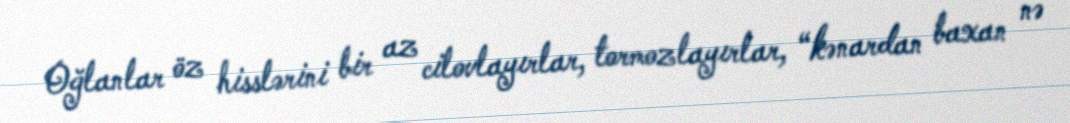
Oğlanlar öz hisslərini bir az cilovlayırlar, tormozlayırlar, “kənardan baxan nə